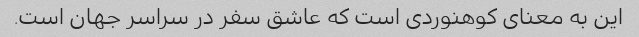
این به معنای کوهنوردی است که عاشق سفر در سراسر جهان است.